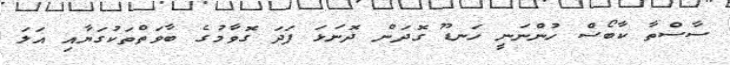
ސާސްތާ ކާބޯސް ހުންނަނީ ހަނޑޫ ގޮދަން ދޮނަޅަ ފަދަ ގޮވާމުގެ ބާވަތްތަކުގަޔާއި އަލަ